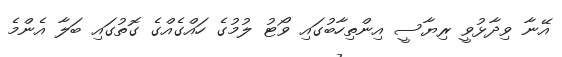
އޭނާ ވިދާޅުވީ ރިޔާސީ އިންތިހާބުގައި ވޯޓު ލުމުގެ ހައްގެއްގެ ގޮތުގައި ބަލާ އެންމެ